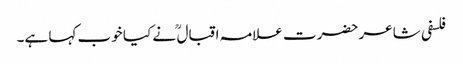
فلسفی شاعر حضرت علامہ اقبال ؒ نے کیا خوب کہا ہے۔